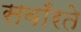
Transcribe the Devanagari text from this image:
सवाँरते